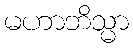
မဟာဘိသ္မာ